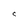
Character: C